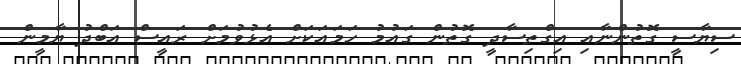
ސިޔާސީ ގޮތުންނާއި އިގްތިސާދީ ގޮތުން ގައުމު ހަމައަކަށް އެޅުވުމަށް ރައީސް އަބްދު ޔާމީން